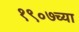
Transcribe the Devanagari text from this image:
१९०७च्या